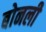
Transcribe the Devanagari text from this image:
बोनली